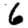
Digit: 6